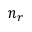
n _ { r }